Indian journal of veterinary science and animal husbandry - Volumes 24-25, 1954-1955
Year: 1954
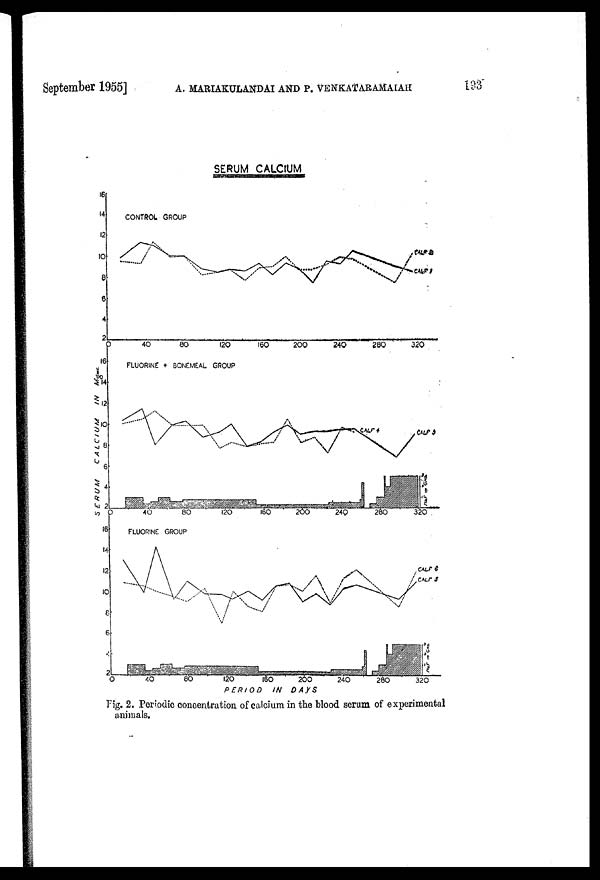
September 1955] A. MARIAKULANDAI AND P. VENKATARAMAIAH 193
Fig. 2. Periodic concentration of calcium in the blood serum of experimental
animals.